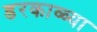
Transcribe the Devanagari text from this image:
डरकाळ्या